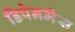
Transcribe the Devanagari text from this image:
डिपेनमेस